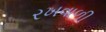
રખવાળી